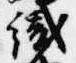
織